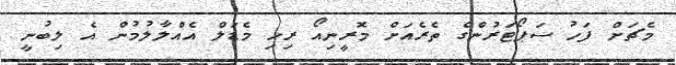
މެޗަށް ފަހު ސަޕޯޓަރުންގެ ތެރެއަށް މޮރީނިއޯ ރިހި މެޑަލް އެއްލާލުމުން އެ ލިބުނީ